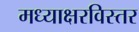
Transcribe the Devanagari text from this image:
मध्याक्षरविस्तर